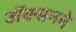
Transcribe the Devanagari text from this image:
जॅक्सनने